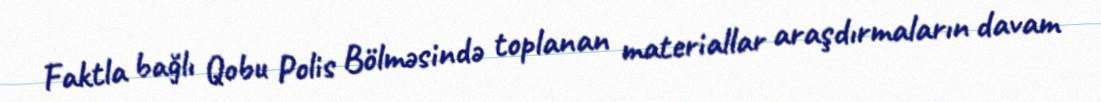
Faktla bağlı Qobu Polis Bölməsində toplanan materiallar araşdırmaların davam